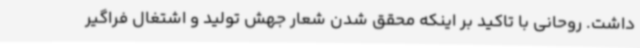
داشت. روحانی با تاکید بر اینکه محقق شدن شعار جهش تولید و اشتغال فراگیر